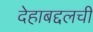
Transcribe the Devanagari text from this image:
देहाबद्दलची